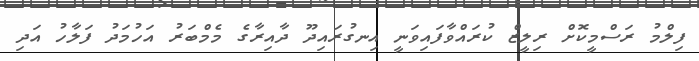
ފިލްމު ރަސްމީކޮށް ރިލީޒް ކުރައްވާފައިވަނީ އިނގުރައިދޫ ދާއިރާގެ މެމްބަރު އަހުމަދު ފަލާހު އަދި